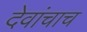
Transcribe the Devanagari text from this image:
देवांचाच